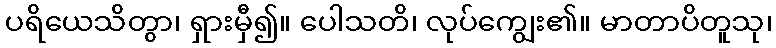
ပရိယေသိတွာ၊ ရှားမှီ၍။ ပေါသတိ၊ လုပ်ကျွေး၏။ မာတာပိတူသု၊